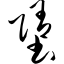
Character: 堕